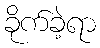
ခိုက်ခဲ့ရာ